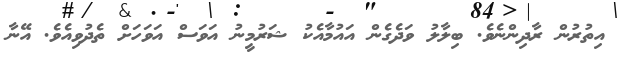
އިތުރުން ރާދިންނެވެ. ބިލާލު ވަދެގެން އައުމާއެކު ޝަރުމީނު އަވަސް އަވަހަށް ތެދުވިއެވެ. އޭނާ